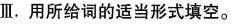
Ⅲ.用所给词的适当形式填空.